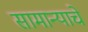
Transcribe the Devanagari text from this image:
सामान्याचे